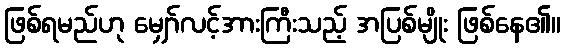
ဖြစ်ရမည်ဟု မျှော်လင့်အားကြီးသည့် အပြစ်မျိုး ဖြစ်နေ၏။